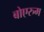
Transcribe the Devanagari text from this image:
बोएरुम